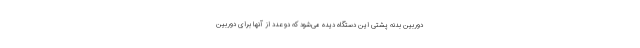
دوربین بدنه پشتی این دستگاه دیده می‌شود که دو عدد از آنها برای دوربین